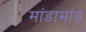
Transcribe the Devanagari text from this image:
मांडामांड